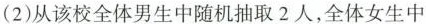
(2)从该校全体男生中随机抽取2人，全体女生中